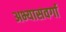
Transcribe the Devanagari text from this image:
अभ्यासवर्गा